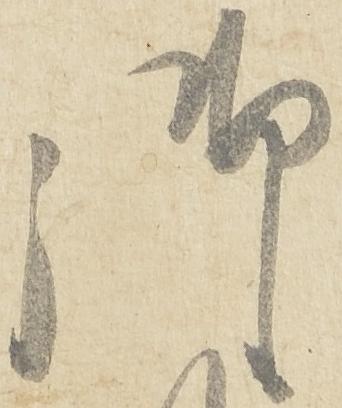
御